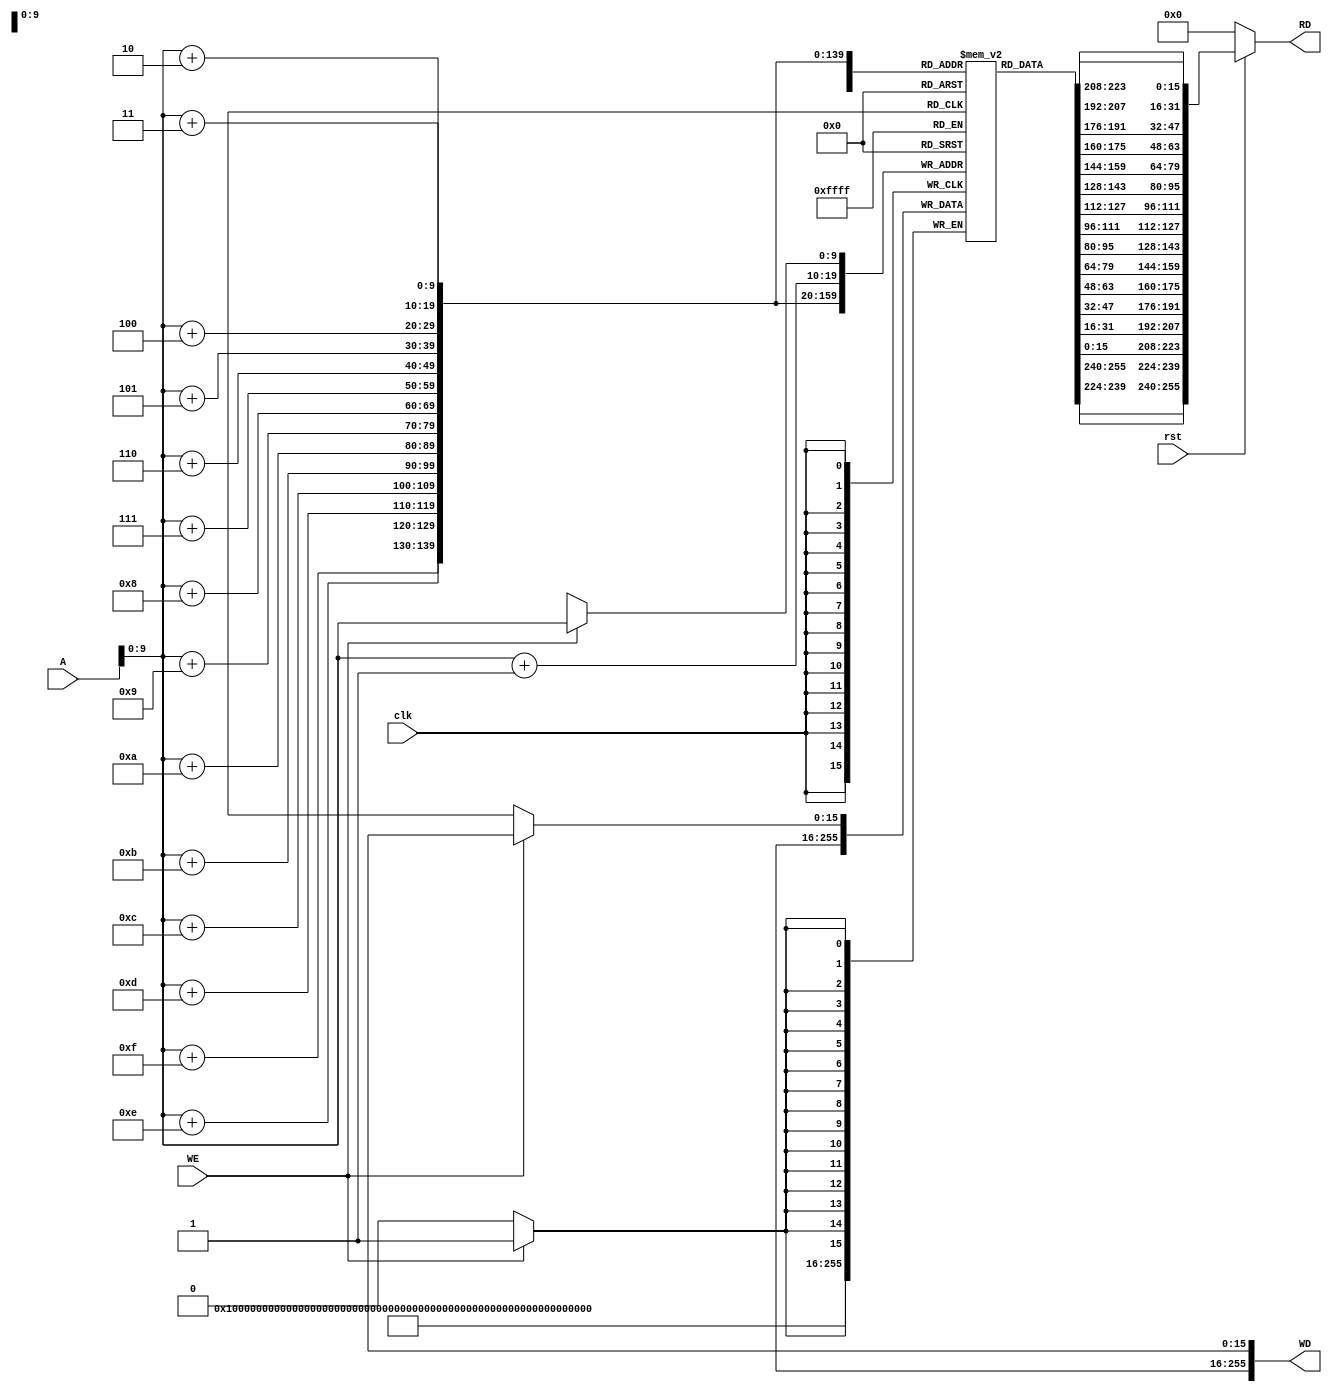
module Data_Memory(clk,rst,WE,WD,A,RD);

		input clk,rst,WE;
		input [15:0]A;
		output [255:0]RD,WD;

		reg [15:0] mem [1023:0];
		wire [31:0] B, C, D, E, F, G, H, I, J, K, L, M, N, O, P;
		
		assign B = A+1;
		assign C = A+2;
		assign D = A+3;
		assign E = A+4;
		assign F = A+5;
		assign G = A+6;
		assign H = A+7;
		assign I = A+8;
		assign J = A+9;
		assign K = A+10;
		assign L = A+11;
		assign M = A+12;
		assign N = A+13;
		assign O = A+14;
		assign P = A+15;

		always @ (posedge clk)
			begin
			if(WE)
				mem[A] <= WD[15:0];
				mem[B] <= WD[31:16];
				mem[C] <= WD[47:32];
				mem[D] <= WD[63:48];
				mem[E] <= WD[79:64];
				mem[F] <= WD[95:80];
				mem[G] <= WD[111:96];
				mem[H] <= WD[127:112];
				mem[I] <= WD[143:128];
				mem[J] <= WD[159:144];
				mem[K] <= WD[175:160];
				mem[L] <= WD[191:176];
				mem[M] <= WD[207:192];
				mem[N] <= WD[223:208];
				mem[O] <= WD[239:224];
				mem[P] <= WD[255:240];
				
			end

		assign RD = (~rst) ? 32'd0 : {mem[A], mem[B], mem[C], mem[D], mem[E], mem[F], mem[G], mem[H], mem[I], mem[J], mem[K], mem[L], mem[M], mem[N], mem[O], mem[P]};

		initial begin
		mem[0] = 16'd24;
		//mem[40] = 32'h00000002;
		end


endmodule